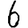
Digit: 6